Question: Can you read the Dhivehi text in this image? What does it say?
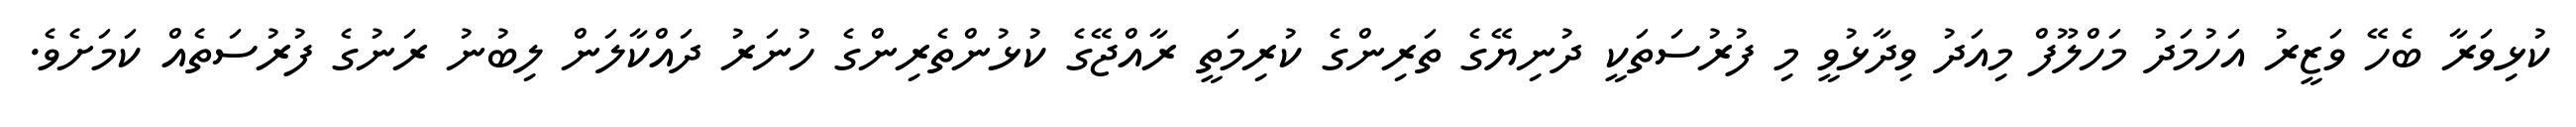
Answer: ކުޅިވަރާ ބެހޭ ވަޒީރު އަހުމަދު މަހްލޫފް މިއަދު ވިދާޅުވީ މި ފުރުސަތަކީ ދުނިޔޭގެ ތަރިންގެ ކުރިމަތީ ރާއްޖޭގެ ކުޅުންތެރިންގެ ހުނަރު ދައްކާލަން ލިބުނު ރަނުގެ ފުރުސަތެއް ކަމަށެވެ.